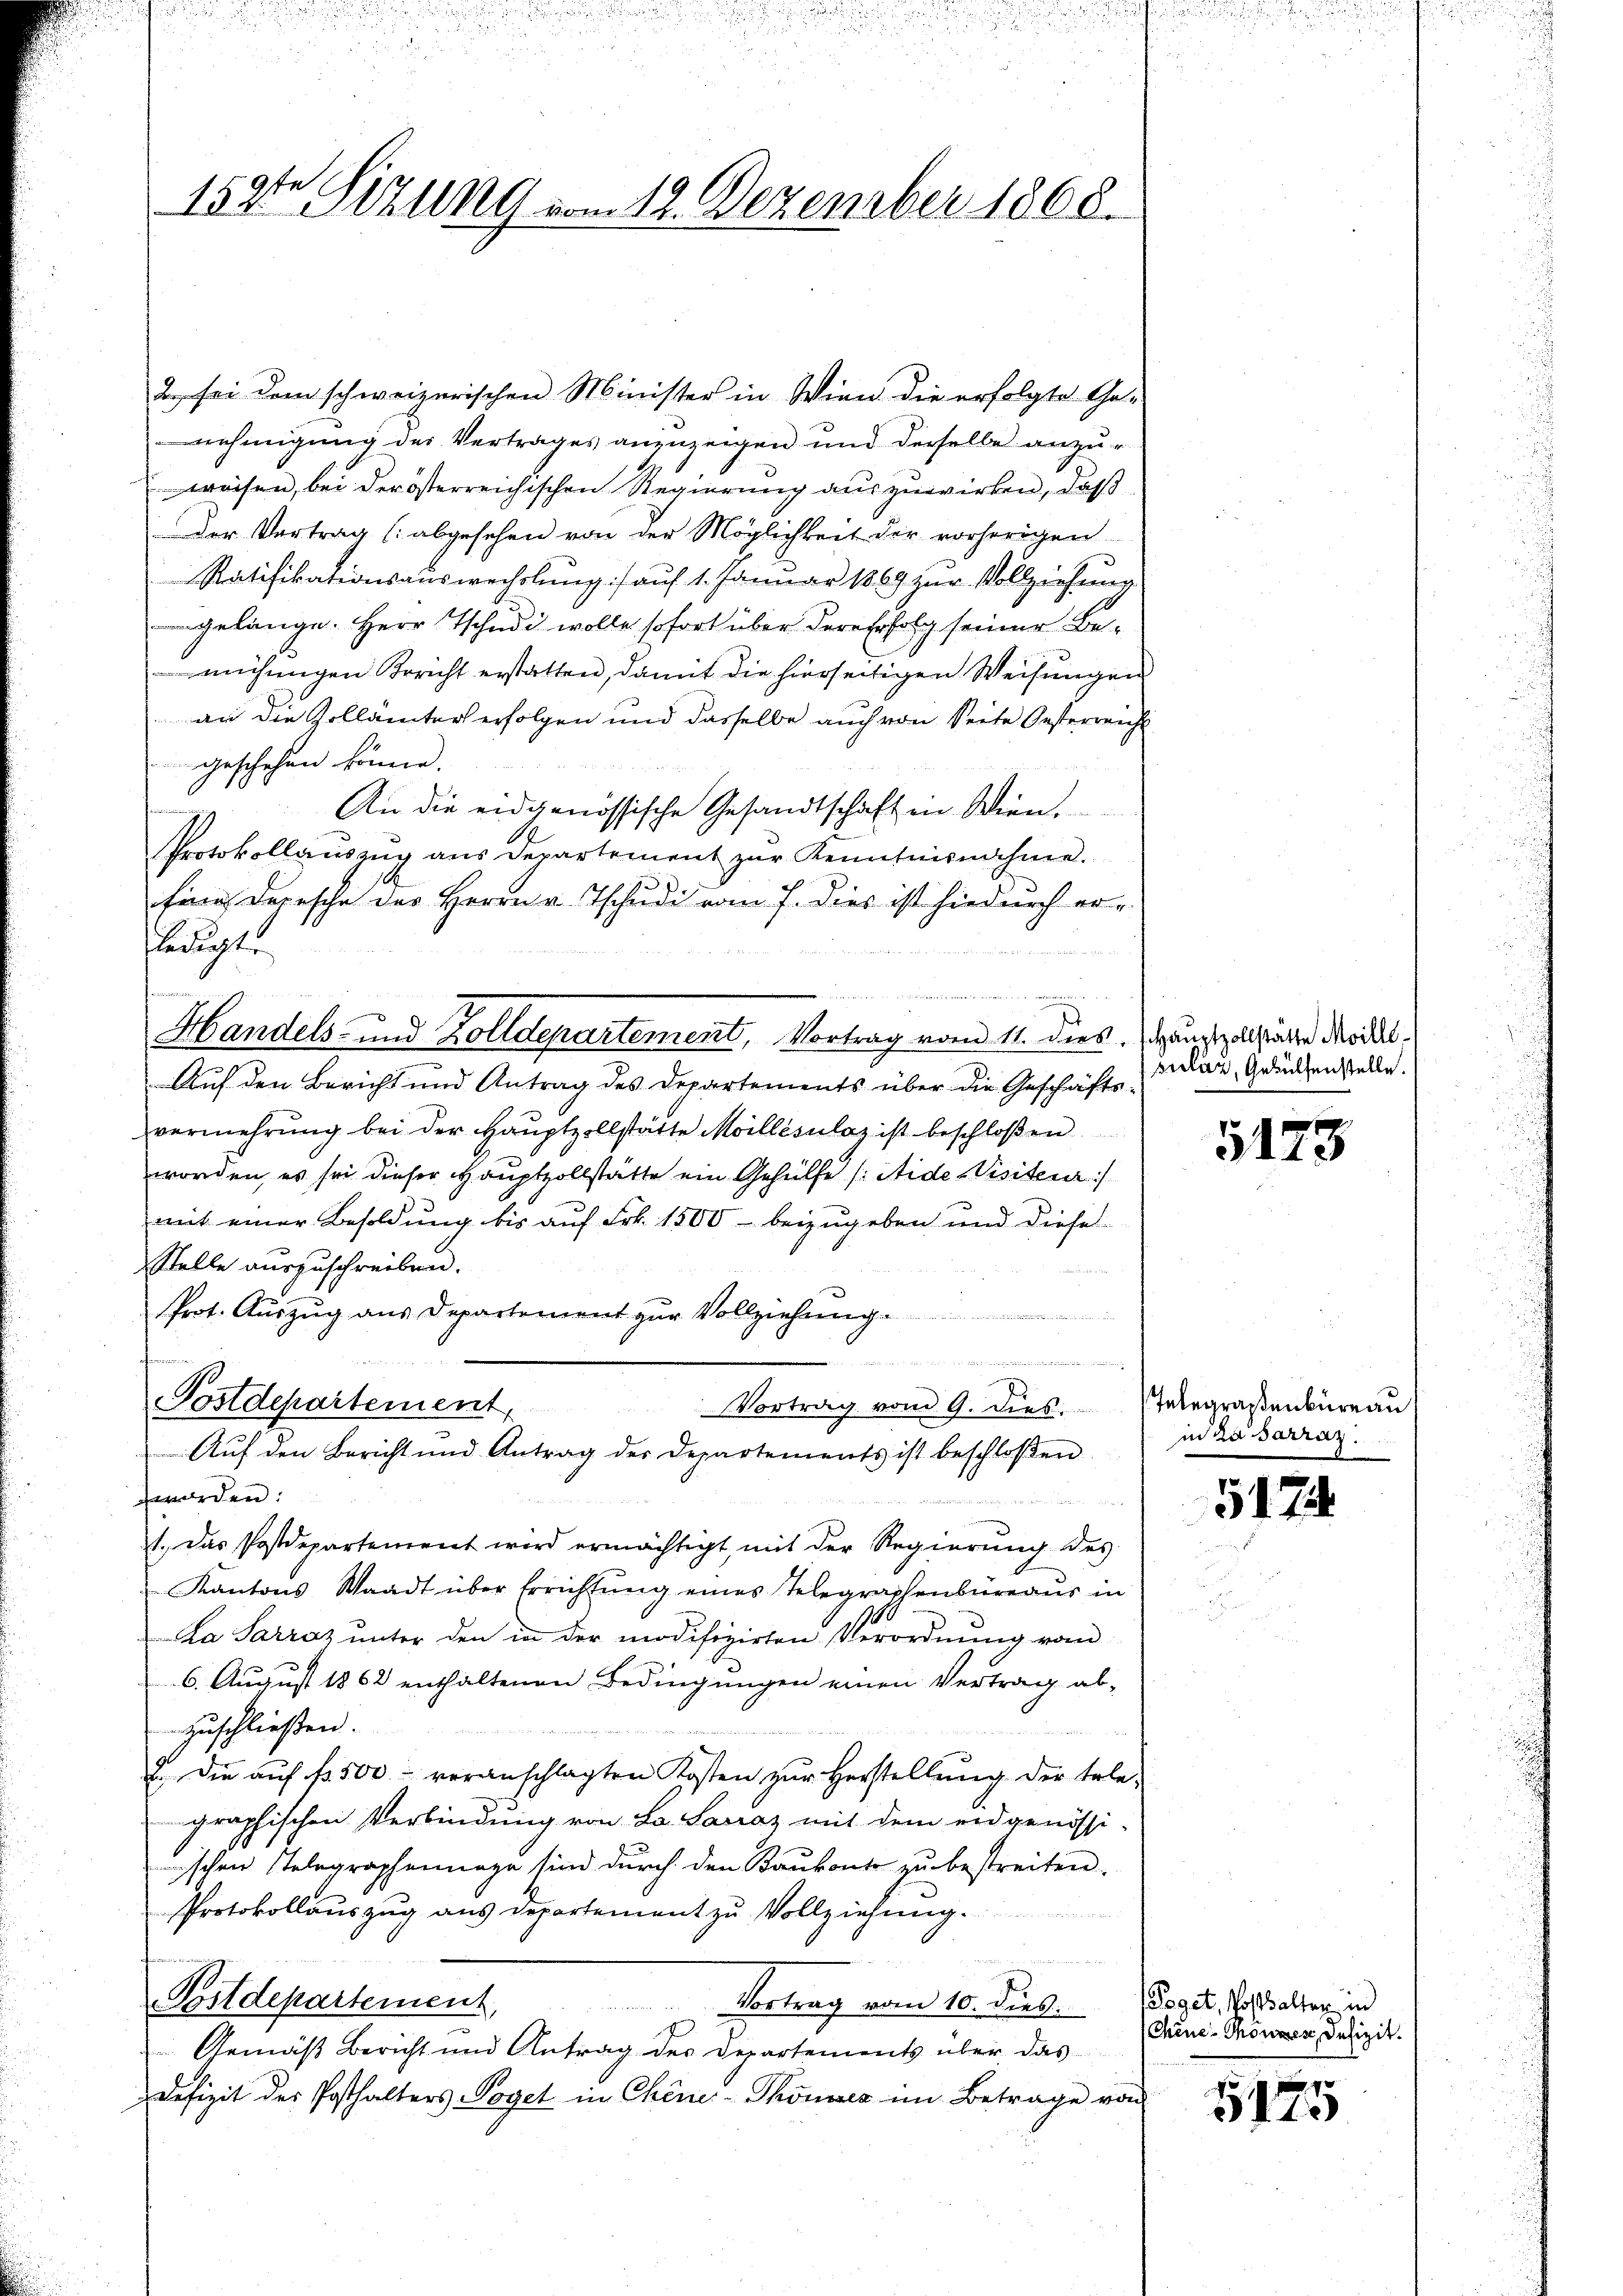
159ten Sizung vom 12. Dezember 1868.

2. sei dem schweizerischen Minister in Wien die erfolgte Genehmigung des Vertrages anzuzeigen und derselbe anzuweisen, bei der österreichischen Regierung auszuwirken, daß
der Vertrag (abgesehen von der Möglichkeit der vorherigen
Ratifikationsauswechslung) auf 1. Januar 1869 zur Vollziehung
gelange. Herr Tschudi wolle sofort über dere Erfolg seiner Beühmigen Bericht erstatten, damit die hierseitigen Weisungen
an die Zollämter erfolgen und dasselbe auch von Seite Oesterreich
geschehen könne.
An die eidgenössische Gesandtschaft in Wien.
Protokollauszug aus Departement zur Kenntnisnahme.
fine Depesche des Herrn v. Tschudi vom 7. dies ist hiedurch er-
ledigte
u
a
Handels- und Zolldepartement, Vortrag vom 11. dies. (Hauptzelstatte Model¬
Auf den Bericht und Antrag des Departements über die Geschäftsvermehrŭng bei der Haŭptzollstätte Moillésulaz ist beschloßen
worden, es sei dieser Hauptvollstätte ein Gehülfe /: Aide Visiteur:/
mit einer Besoldung bis auf Frk. 1500 beizugeben und diese
Stelle auszuschreiben.
tii He
Prot. Auszug aus Departement zur Vollziehung
.
Postdepartement, Vortrag vom 9. dies.
Auf den Bericht und Antrag der Departements ist beschloßen
worden:

1. Das Postdepartement wird ermächtigt mit der Regierŭng des
 Kantons Waadt über Errichtung eines Telegraphenbüreaus in
La Sarraz unter den in der modifizirten Verordnung vom
6. August 1862 enthaltenen Bedingungen einen Vertrag ab-
zuschließen.
2. Die aŭf fr. 500. veranschlagten Kosten zŭr Herstellŭng der tele-
graphischen Verbindung von L. Sacraz mit dem eidgenössi-
ischen Telegraphennage sind durch den Baukonte zu bestreiten.
Protokollauszug aus Departement zu Vollziehung.
Postdepartement,
Vortrag vom 10. dies. Poget, Posthalter, in
Gemäß Bericht und Antrag des Departements über das
Defizit der Posthalters Poget in Chener-Thonier im Betrage von

prelaz, Gehülfenstelle.

5123

Telegrasenbureau
in Zasarraz.

5174

Chene Thonzen Defizit.

5175